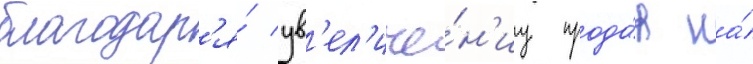
благодар'я́ ув'ел'иче́н'иу прода́ж на́